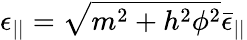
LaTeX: \epsilon_{||}=\sqrt{m^{2}+h^{2}\phi^{2}}\bar{\epsilon}_{||}